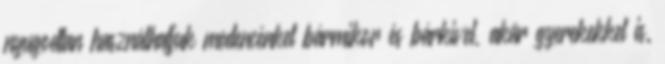
nyugodtan használhatjuk medencénket bármikor és bárkivel, akár gyerekekkel is.